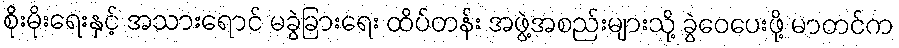
စိုးမိုးရေးနှင့် အသားရောင် မခွဲခြားရေး ထိပ်တန်း အဖွဲ့အစည်းများသို့ ခွဲဝေပေးဖို့ မာတင်က